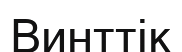
Винттік